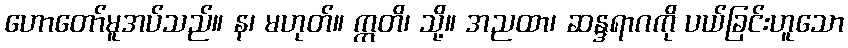
ဟောတော်မူအပ်သည်။ န၊ မဟုတ်။ ဣတိ၊ သို့။ အညထာ၊ ဆန္ဒရာဂကို ပယ်ခြင်းဟူသော